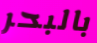
بالبحر